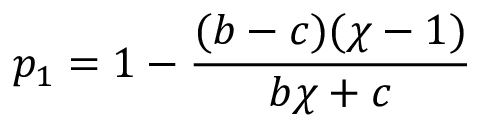
p _ { 1 } = 1 - \frac { ( b - c ) ( \chi - 1 ) } { b \chi + c }